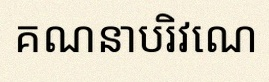
គណនាបរិវេណ